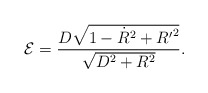
\begin{align*}{\cal E} = \frac{D\sqrt{1-{\dot R}^2 + {R^{\prime}}^2}}{\sqrt{D^2+R^2}}.\end{align*}